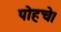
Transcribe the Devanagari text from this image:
पोहचे।